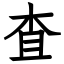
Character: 査